Indian journal of veterinary science and animal husbandry - Volume 6,
Year: 1936
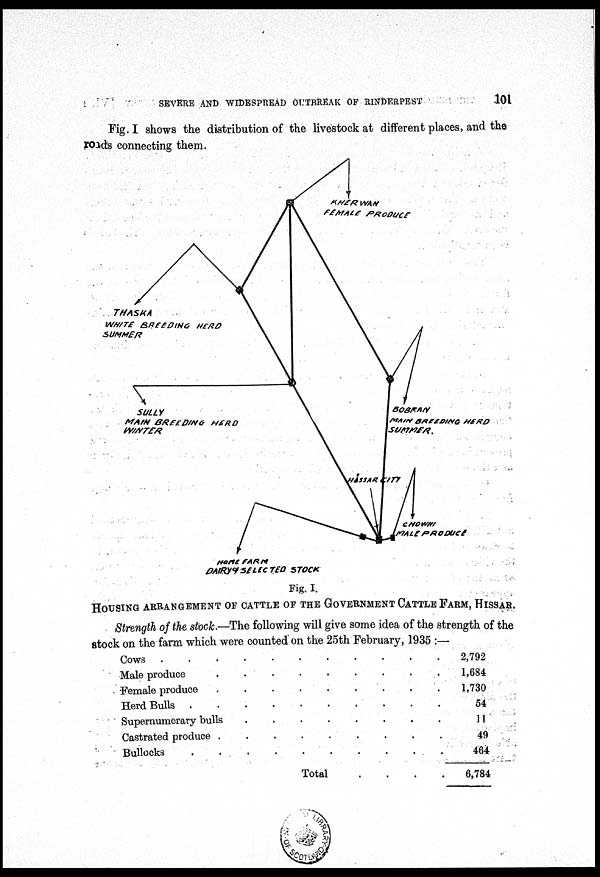
SEVERE AND WIDESPREAD OUTBREAK OF RINDERPEST
101
Fig. I shows the distribution of the livestock at different places, and. the
roads connecting them.
HOUSING ARRANGEMENT OF CATTLE OF THE GOVERNMENT CATTLE FARM, HISS
Strength of the stock.—The following will give some idea of the strength of the
stock on the farm which were counted on the 25th February, 1935 :—
Cows ...........
Male produce ........
Female produce .........
Herd Bulls .........
Supernumerary bulls ........
Castrated produce ...........
Bullocks
............
Total .......
2,792
1,684
1,730
54
11
49
464
6,784